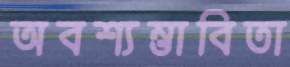
অবশ্যম্ভাবিতা